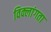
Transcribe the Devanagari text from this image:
विक्लांगता